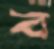
ব